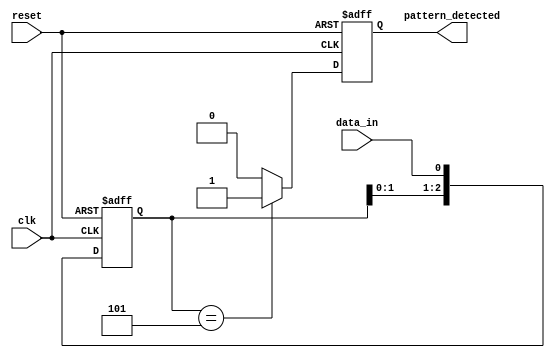
module pattern_detector (
    input wire clk,          // Clock signal
    input wire reset,        // Reset signal
    input wire data_in,      // Input data stream
    output reg pattern_detected // Output signal indicating pattern detection
);

    // Parameters
    parameter PATTERN_LENGTH = 3; // Length of the pattern to detect
    parameter [PATTERN_LENGTH-1:0] PATTERN = 3'b101; // Define the pattern to detect

    // Flip-flops to store the state
    reg [PATTERN_LENGTH-1:0] state;

    // Initialization and state transition on clock edge
    always @(posedge clk or posedge reset) begin
        if (reset) begin
            // Reset the state to known value
            state <= 0;
            pattern_detected <= 0;
        end else begin
            // Shift the current state and load new input
            state <= {state[PATTERN_LENGTH-2:0], data_in};

            // Check for pattern match
            if (state == PATTERN) begin
                pattern_detected <= 1; // Pattern detected
            end else begin
                pattern_detected <= 0; // No pattern detected
            end
        end
    end

endmodule